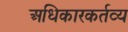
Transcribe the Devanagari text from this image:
अधिकारकर्तव्य